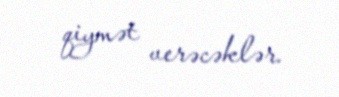
qiymət verəcəklər.